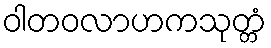
ဝါတဝလာဟကသုတ္တံ